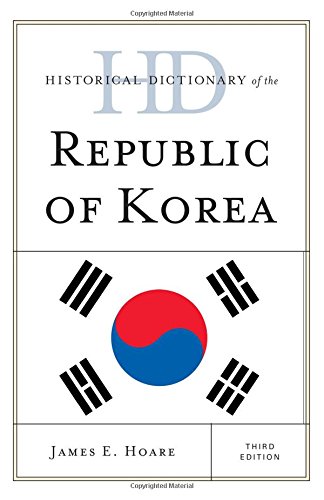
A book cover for Historical Dictionary of the Republic of Korea (Historical Dictionaries of Asia, Oceania, and the Middle East); James E. Hoare; History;